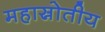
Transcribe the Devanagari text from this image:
महास्रोतीय